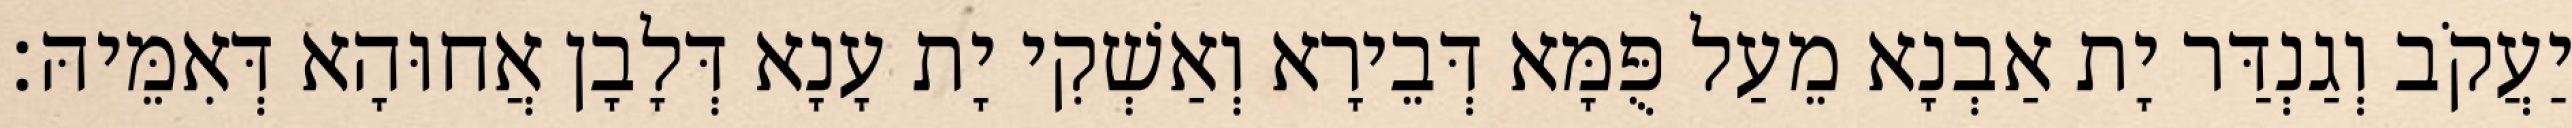
יַעֲקֹב וְגַנְדַּר יָת אַבְנָא מֵעַל פֻּמָּא דְּבֵירָא וְאַשְׁקִי יָת עָנָא דְּלָבָן אֲחוּהָא דְּאִמֵּיהּ׃